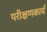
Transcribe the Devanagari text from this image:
परीक्षणकार्य